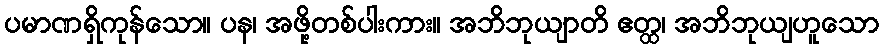
ပမာဏရှိကုန်သော။ ပန၊ အဖို့တစ်ပါးကား။ အဘိဘုယျာတိ ဧတ္ထ၊ အဘိဘုယျဟူသော